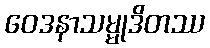
ဝေဒနာသမ္မုဒိတဿ